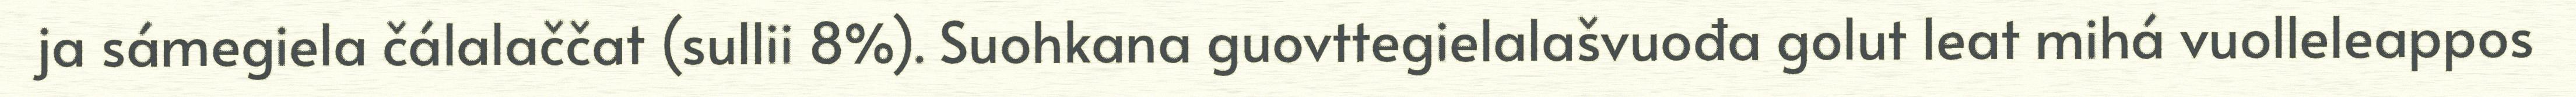
ja sámegiela čálalaččat (sullii 8%). Suohkana guovttegielalašvuođa golut leat mihá vuolleleappos